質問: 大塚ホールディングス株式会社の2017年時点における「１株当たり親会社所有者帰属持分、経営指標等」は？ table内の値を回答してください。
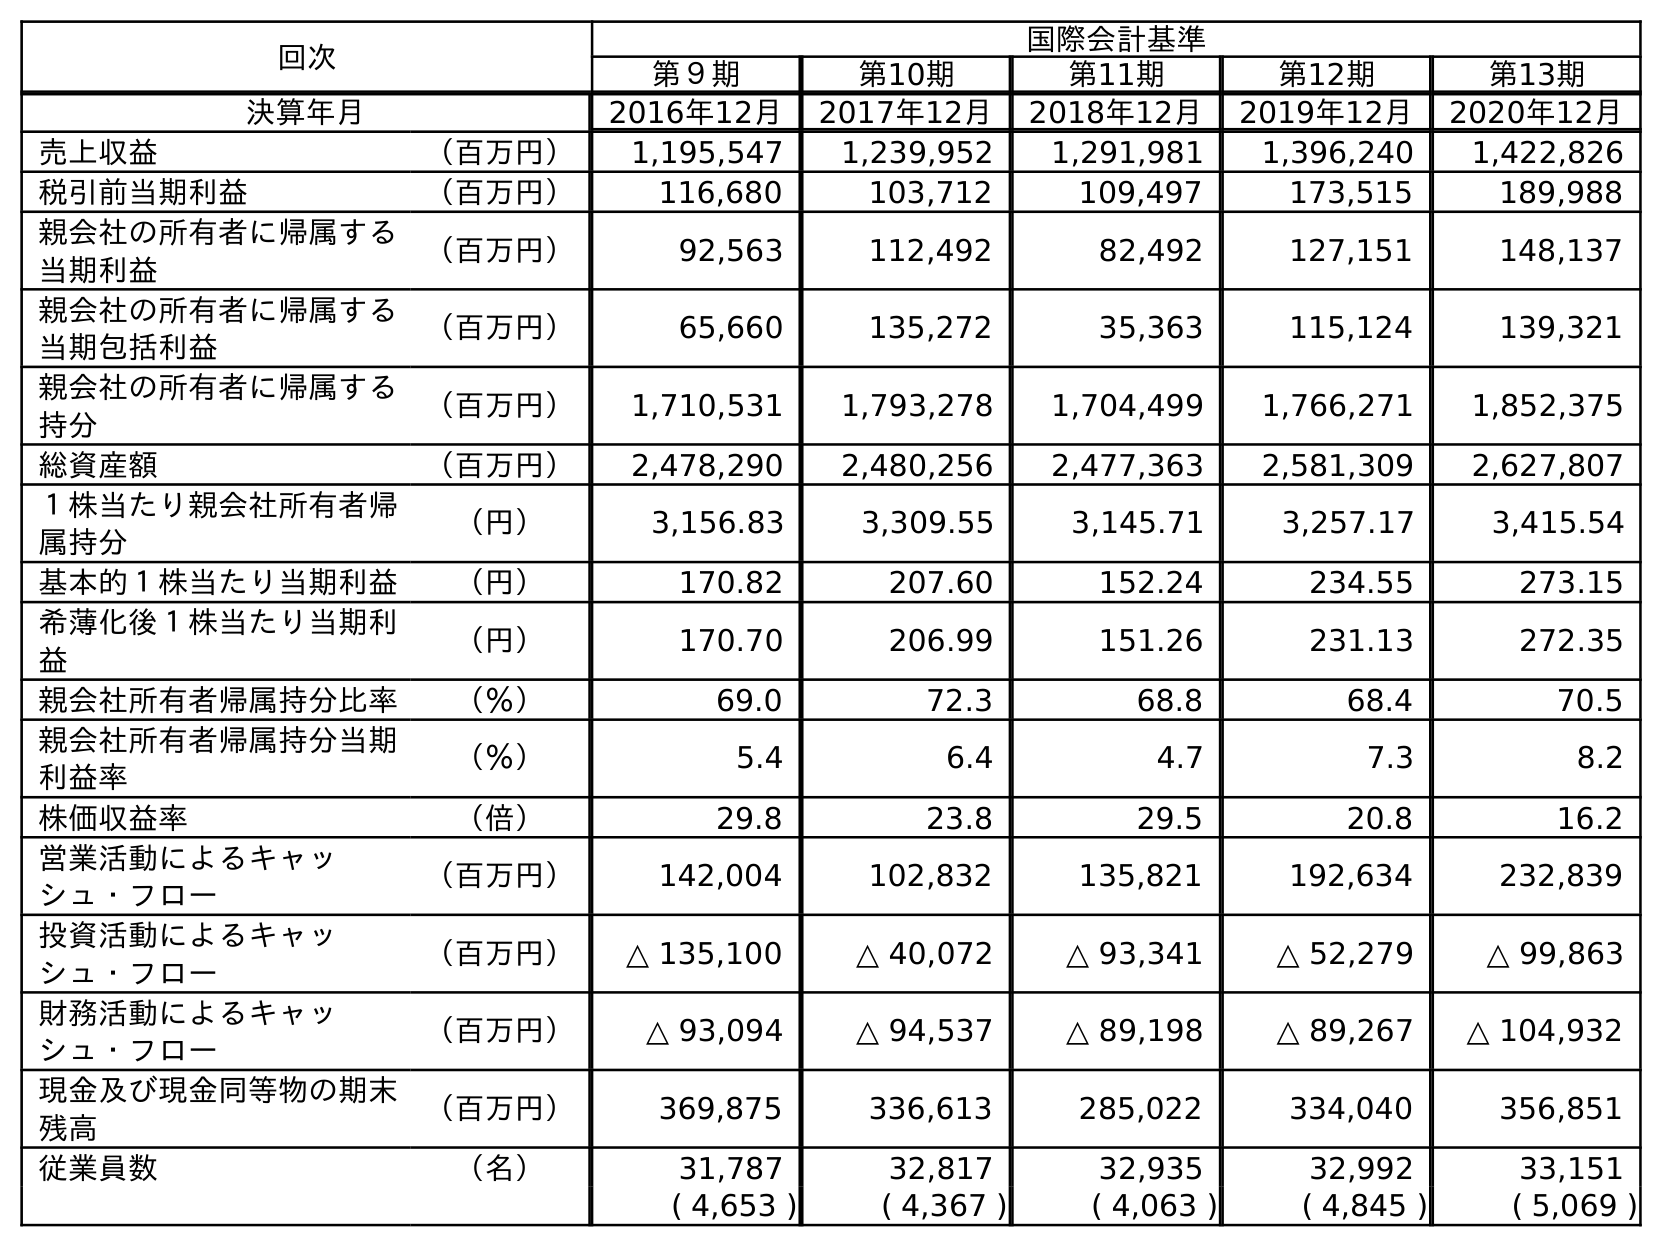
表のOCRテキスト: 回次 国際会計基準 第９期 第10期 第11期 第12期 第13期 決算年月 2016年12月 2017年12月 2018年12月 2019年12月 2020年12月 売上収益 （百万円） 1,195,547 1,239,952 1,291,981 1,396,240 1,422,826 税引前当期利益 （百万円） 116,680 103,712 109,497 173,515 189,988 親会社の所有者に帰属する 当期利益 （百万円） 92,563 112,492 82,492 127,151 148,137 親会社の所有者に帰属する 当期包括利益 （百万円） 65,660 135,272 35,363 115,124 139,321 親会社の所有者に帰属する 持分 （百万円） 1,710,531 1,793,278 1,704,499 1,766,271 1,852,375 総資産額 （百万円） 2,478,290 2,480,256 2,477,363 2,581,309 2,627,807 １株当たり親会社所有者帰 属持分 （円） 3,156.83 3,309.55 3,145.71 3,257.17 3,415.54 基本的１株当たり当期利益 （円） 170.82 207.60 152.24 234.55 273.15 希薄化後１株当たり当期利 益 （円） 170.70 206.99 151.26 231.13 272.35 親会社所有者帰属持分比率 （％） 69.0 72.3 68.8 68.4 70.5 親会社所有者帰属持分当期 利益率 （％） 5.4 6.4 4.7 7.3 8.2 株価収益率 （倍） 29.8 23.8 29.5 20.8 16.2 営業活動によるキャッ シュ・フロー （百万円） 142,004 102,832 135,821 192,634 232,839 投資活動によるキャッ シュ・フロー （百万円） △ 135,100 △ 40,072 △ 93,341 △ 52,279 △ 99,863 財務活動によるキャッ シュ・フロー （百万円） △ 93,094 △ 94,537 △ 89,198 △ 89,267 △ 104,932 現金及び現金同等物の期末 残高 （百万円） 369,875 336,613 285,022 334,040 356,851 従業員数 （名） 31,787 32,817 32,935 32,992 33,151 ( 4,653 ) ( 4,367 ) ( 4,063 ) ( 4,845 ) ( 5,069 )
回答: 3,309.55